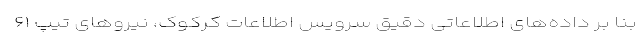
بنا بر داده‌های اطلاعاتی دقیق سرویس اطلاعات کرکوک، نیروهای تیپ ۶۱